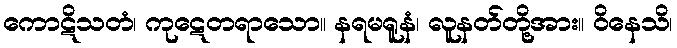
ကောဋိသတံ၊ ကုဋေတရာသော။ နရမရူနံ၊ လူနတ်တို့အား။ ဝိနေသိ၊